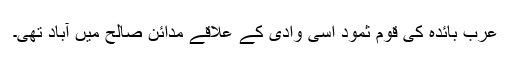
عرب بائدہ کی قوم ثمود اسی وادی کے علاقے مدائن صالح میں آباد تھی۔